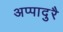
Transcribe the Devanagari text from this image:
अप्पादुरै